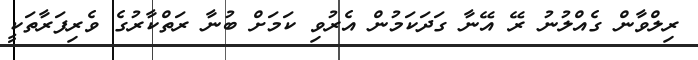
ރިލްވާން ގެއްލުނު ރޭ އޭނާ ގަދަކަމުން އެރުވި ކަމަށް ބުނާ ރަތްކާރުގެ ވެރިފަރާތަކީ